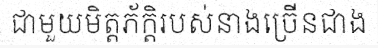
ជាមួយមិត្តភ័ក្តិរបស់នាងច្រើនជាង